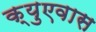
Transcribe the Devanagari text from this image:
क्युएवास